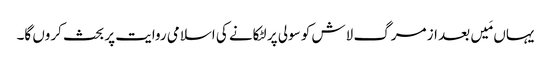
یہاں مَیں بعد از مرگ لاش کو سولی پر لٹکانے کی اسلامی روایت پر بحث کروں گا۔